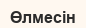
Өлмесін